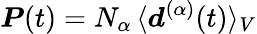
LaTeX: \boldsymbol{P}(t)=N_{\alpha}\, \langle\boldsymbol{d}^{(\alpha)}(t)\rangle_{V}